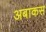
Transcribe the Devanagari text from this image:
अबाकस